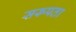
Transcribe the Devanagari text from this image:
सरूपता